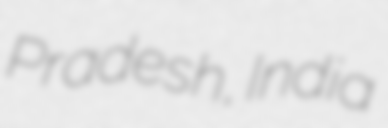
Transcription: Pradesh, India